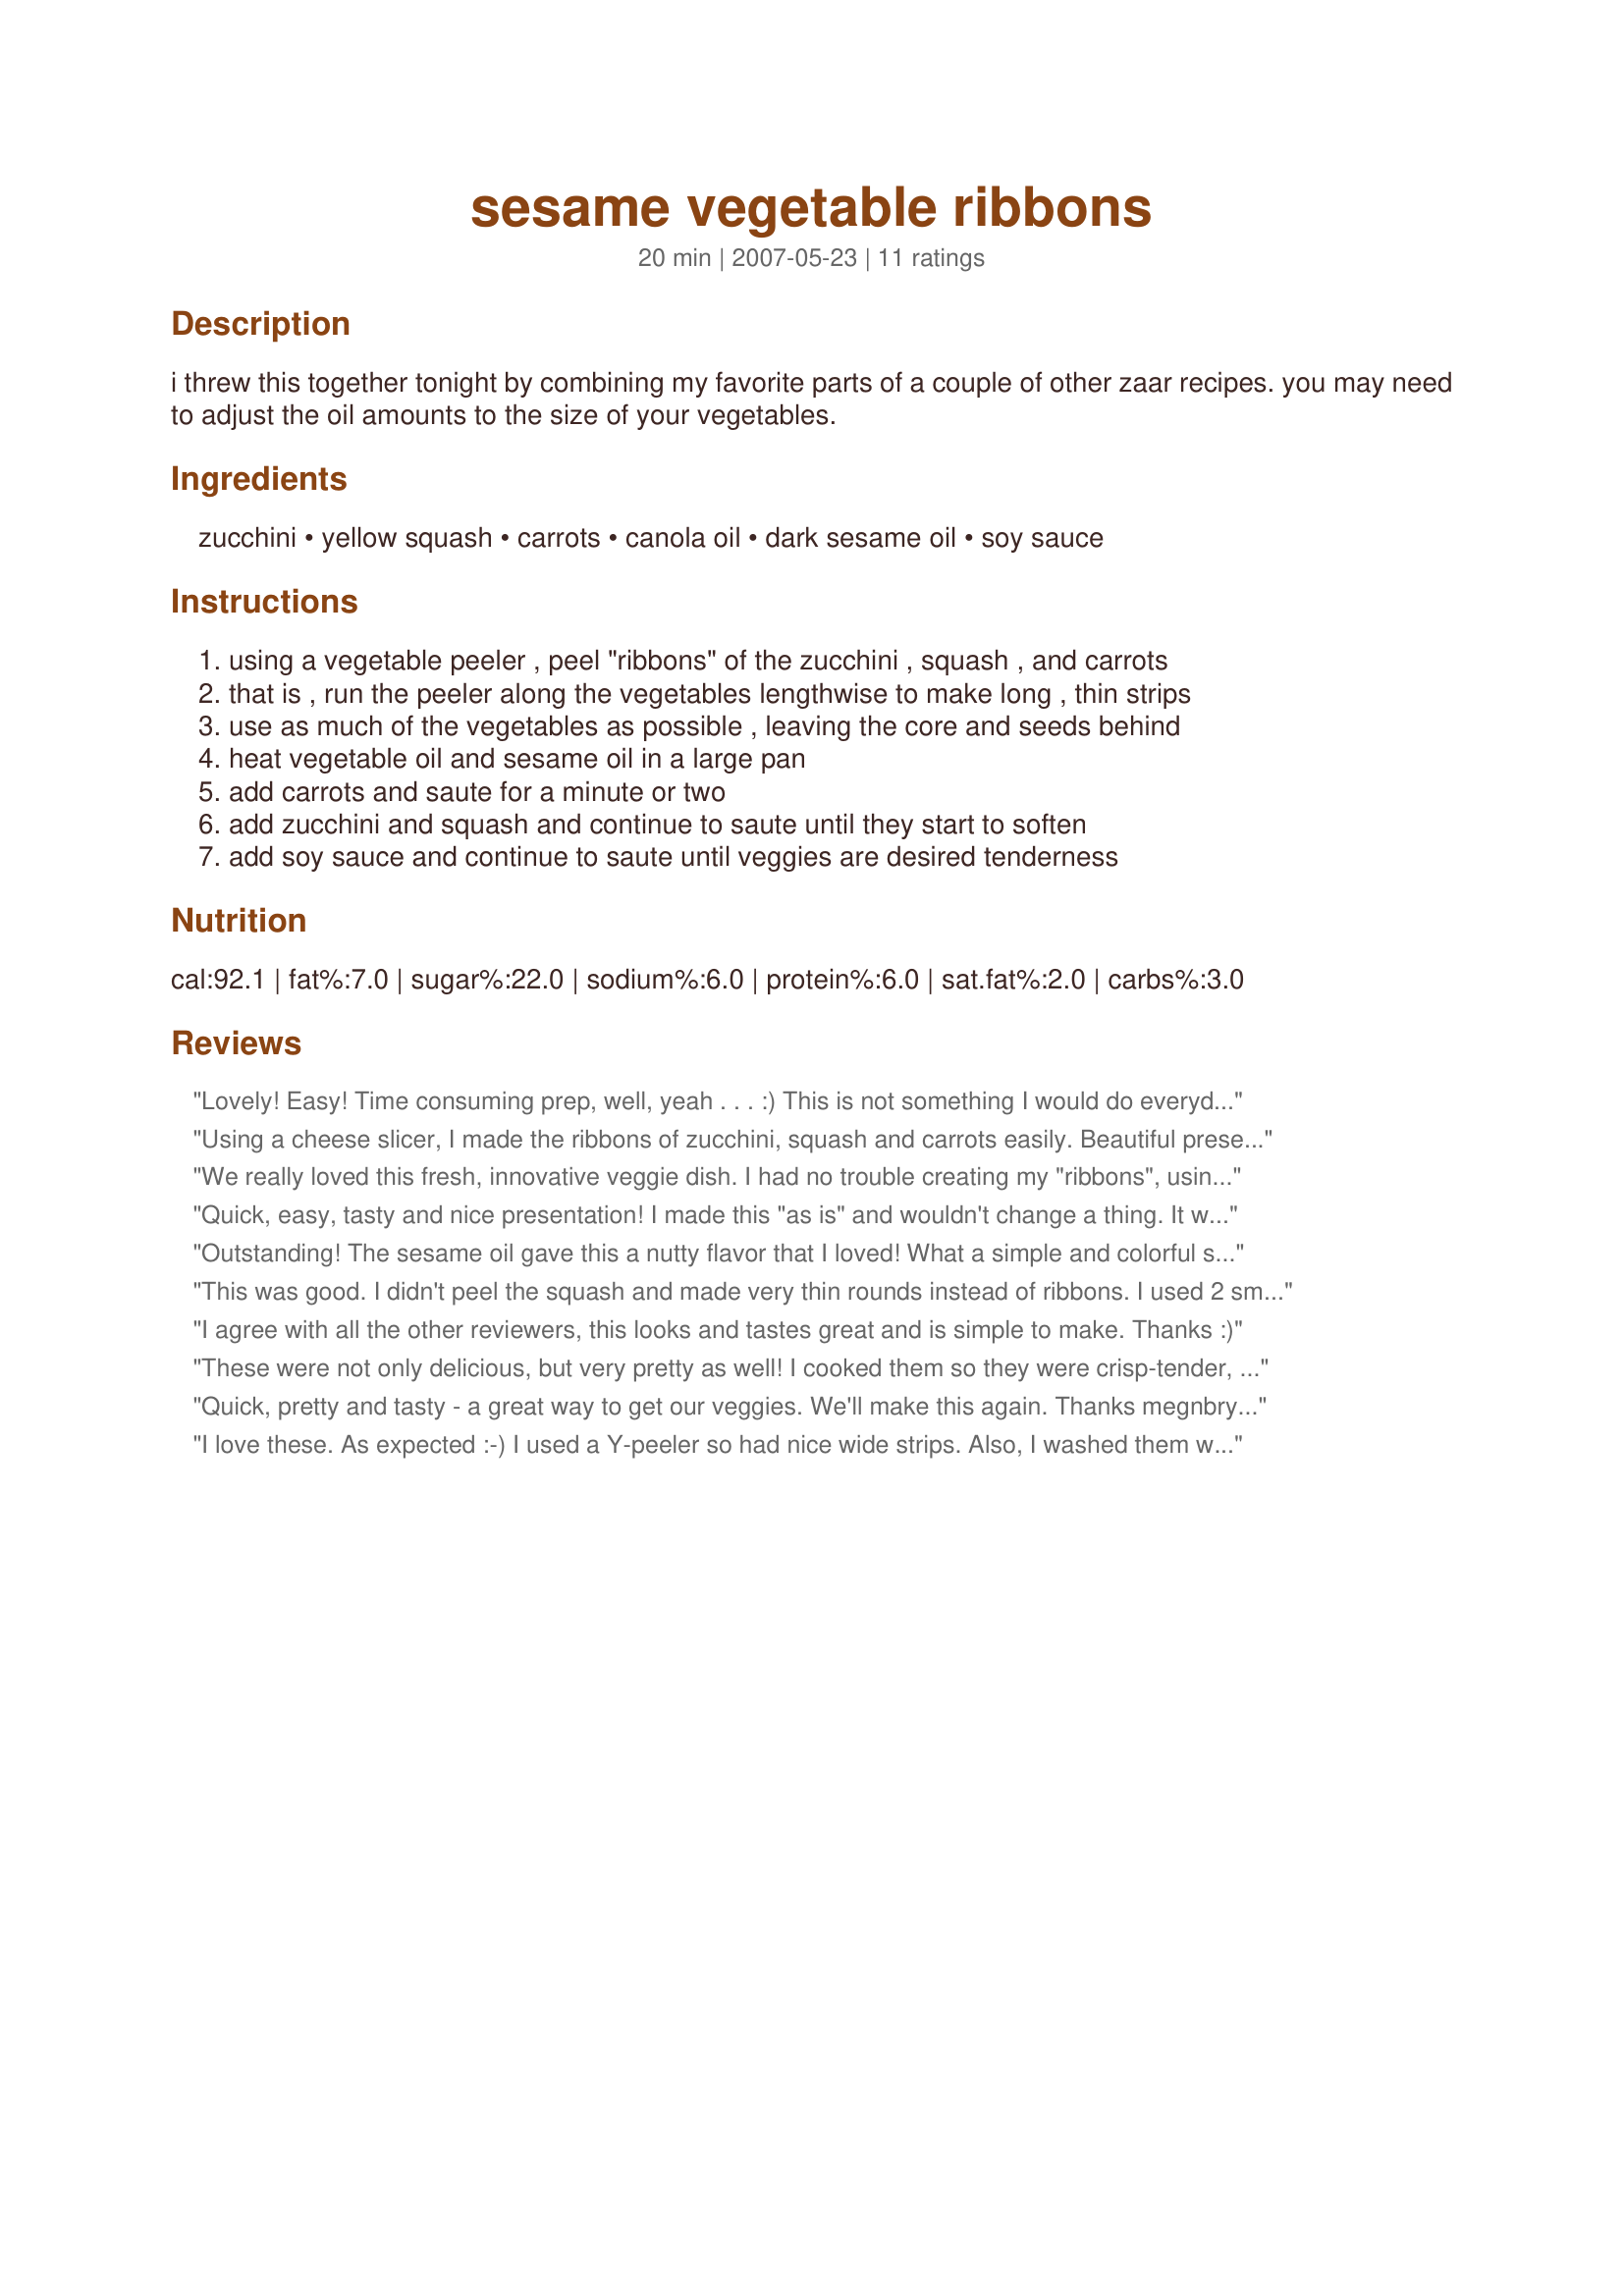
sesame vegetable ribbons
Preparation time: 20 minutes

i threw this together tonight by combining my favorite parts of a couple of other zaar recipes. you may need to adjust the oil amounts to the size of your vegetables.

Ingredients:
zucchini, yellow squash, carrots, canola oil, dark sesame oil, soy sauce

Steps:
using a vegetable peeler , peel "ribbons" of the zucchini , squash , and carrots
that is , run the peeler along the vegetables lengthwise to make long , thin strips
use as much of the vegetables as possible , leaving the core and seeds behind
heat vegetable oil and sesame oil in a large pan
add carrots and saute for a minute or two
add zucchini and squash and continue to saute until they start to soften
add soy sauce and continue to saute until veggies are desired tenderness

Reviews:
Lovely! Easy! Time consuming prep, well, yeah . . . :) This is not something I would do everyday, but as with most Asian cuisine, there is a whole lot of prep work and then just a flash in the pan. It took quite a while to peel the ribbons, but after that it was maybe 3-4 mintues in the pan. And it tastes really yummy - I mean REALLY yummy. The sesame flavor comes through nicely and the veggies are slightly sweet, but nothing overpowers.
Using a cheese slicer, I made the ribbons of zucchini, squash and carrots easily. Beautiful presentation. I added toasted sesame seeds on top which gave this a nice flavor too! I will make this again for sure. Thanks for another great recipe for making those veggies. Made for ZWT3
We really loved this fresh, innovative veggie dish. I had no trouble creating my "ribbons", using zucchini, carrots and thin strips of sweet onions. When the ribbons were done, I sprinkled some sesame seeds on top for garnish...and voila! A beautiful dish we will enjoy many times.
Quick, easy, tasty and nice presentation! I made this "as is" and wouldn't change a thing. It was a fun way to serve up vegetables.
Outstanding! The sesame oil gave this a nutty flavor that I loved! What a simple and colorful side dish. I am going to make this again and try it with other vegetables too! Thanks so much!
For ZWT
This was good. I didn't peel the squash and made very thin rounds instead of ribbons. I used 2 small zucchini, a yellow squash and thin strips of sweet onion.
I agree with all the other reviewers, this looks and tastes great and is simple to make. Thanks :)
These were not only delicious, but very pretty as well! I cooked them so they were crisp-tender, and everybody enjoyed them. I will make these again and again!
Quick, pretty and tasty - a great way to get our veggies. We'll make this again. Thanks megnbrycesmom!
I love these. As expected :-) I 
used a Y-peeler so had nice wide strips. Also, I washed them well, but didn't peel them...wanted the color and nutrition. I certainly will make these often!
I tried this tonight and it was delicious. Very easy to prepare using my spiralizer. My daughter and I both loved it. Next time I will double it.
